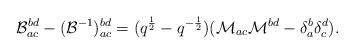
LaTeX: \begin{align*}\mathcal{B}_{ac}^{bd}-(\mathcal{B}^{-1})_{ac}^{bd}=(q^{\frac{1}{2}}-q^{-\frac{1}{2}})(\mathcal{M}_{ac} \mathcal{M}^{bd}-\delta_{a}^{b}\delta_{c}^{d}).\end{align*}